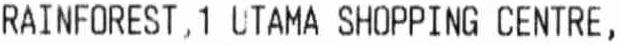
RAINFOREST , 1 UTAMA SHOPPING CENTRE,